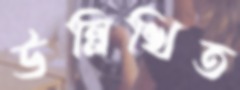
উল্লিখিত